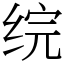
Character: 𬘫